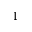
1